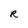
Character: R